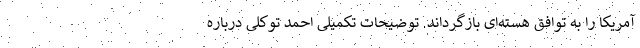
آمریکا را به توافق هسته‌ای بازگرداند. توضیحات تکمیلی احمد توکلی درباره